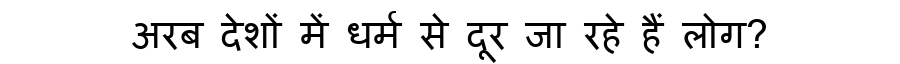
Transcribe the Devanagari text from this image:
अरब देशों में धर्म से दूर जा रहे हैं लोग?